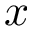
\boldsymbol { x }